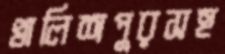
খালিশপুরসহ